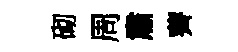
砌周肅薺